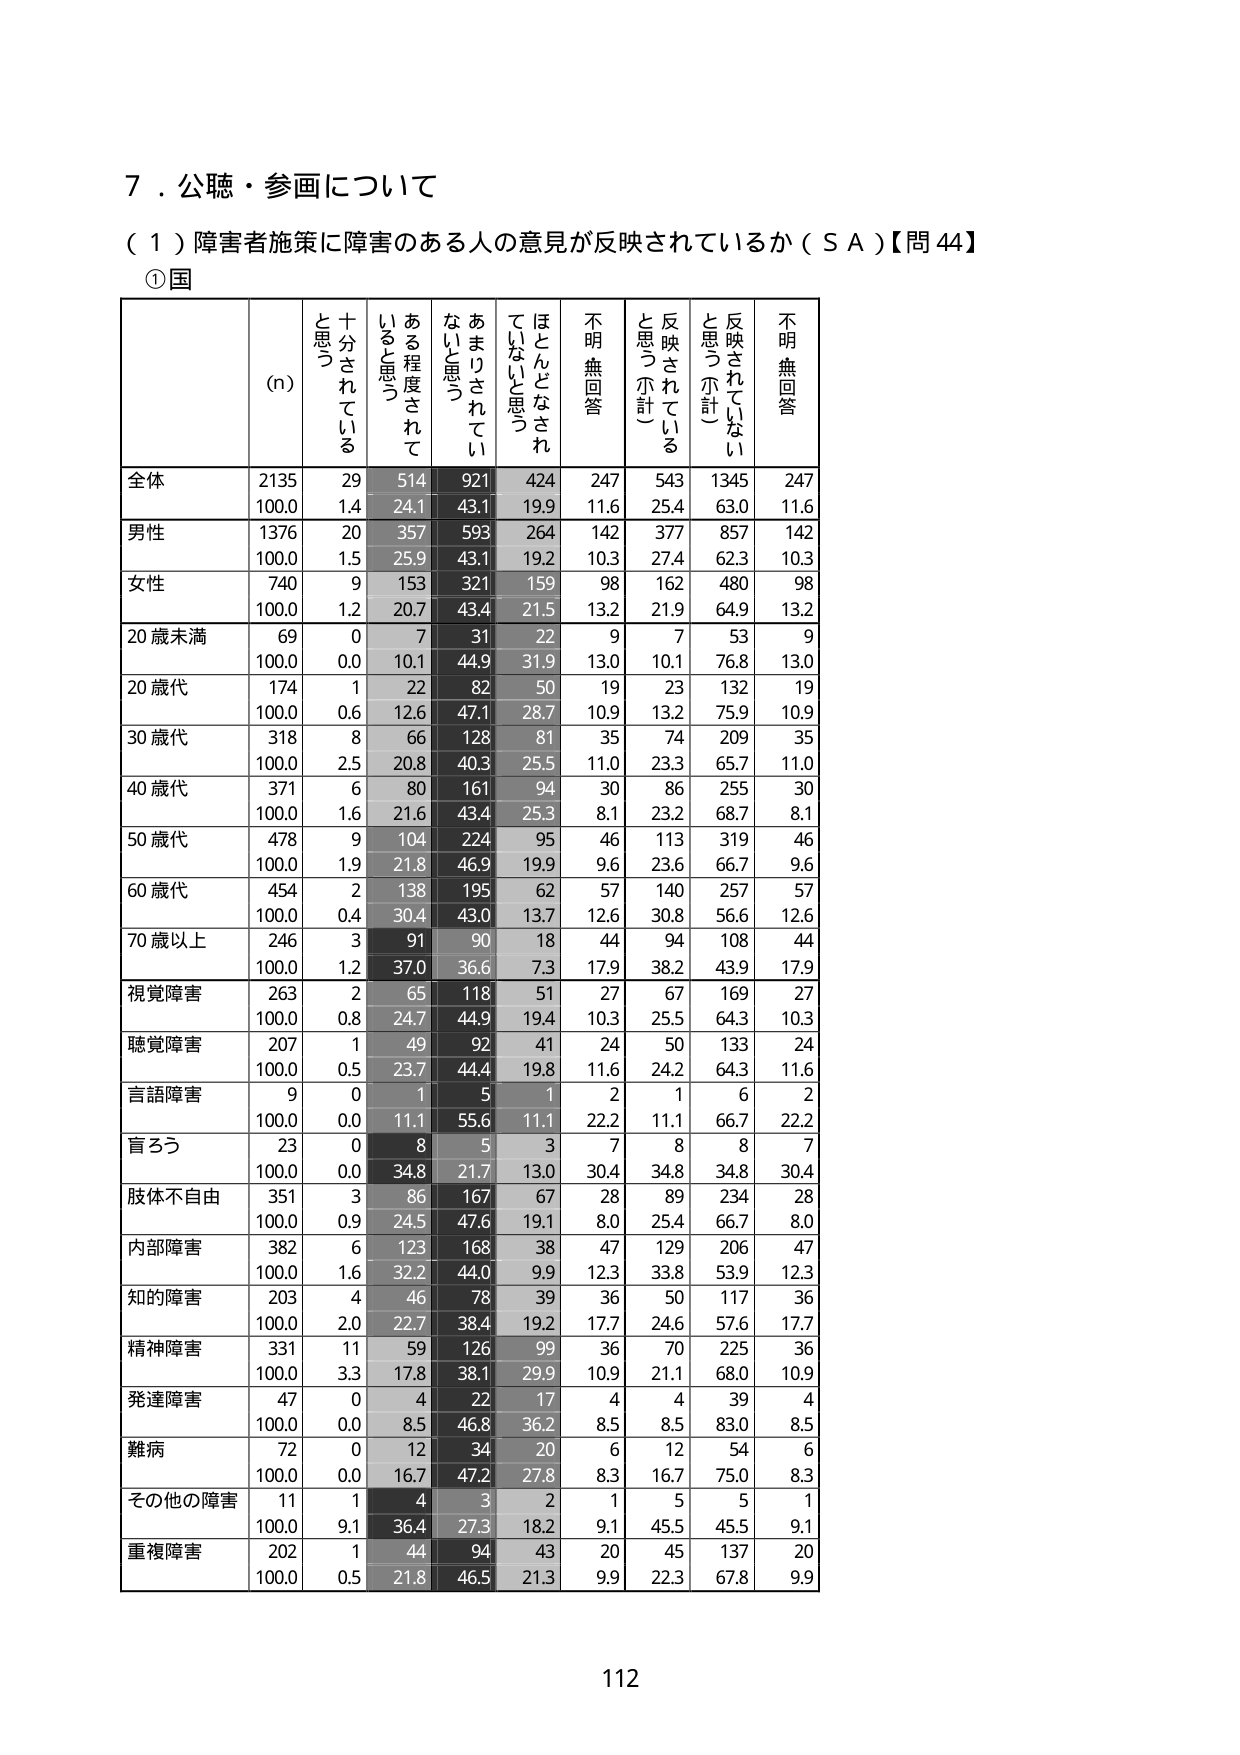
７．公聴・参画について
（１）障害者施策に障害のある人の意見が反映されているか（ＳＡ）【問44】
①国

(n)
十分されていると思う
ある程度されていると思う
あまりされていないと思う
ほとんどなされていないと思う
不明無回答
反映されていると思う（小計）
反映されていないと思う（小計）
不明無回答

全体
2135
29
514
921
424
247
543
1345
247
100.0
1.4
24.1
43.1
19.9
11.6
25.4
63.0
11.6

男性
1376
20
357
593
264
142
377
857
142
100.0
1.5
25.9
43.1
19.2
10.3
27.4
62.3
10.3

女性
740
9
153
321
159
98
162
480
98
100.0
1.2
20.7
43.4
21.5
13.2
21.9
64.9
13.2

20歳未満
69
0
7
31
22
9
7
53
9
100.0
0.0
10.1
44.9
31.9
13.0
10.1
76.8
13.0

20歳代
174
1
22
82
50
19
23
132
19
100.0
0.6
12.6
47.1
28.7
10.9
13.2
75.9
10.9

30歳代
318
8
66
128
81
35
74
209
35
100.0
2.5
20.8
40.3
25.5
11.0
23.3
65.7
11.0

40歳代
371
6
80
161
94
30
86
255
30
100.0
1.6
21.6
43.4
25.3
8.1
23.2
68.7
8.1

50歳代
478
9
104
224
95
46
113
319
46
100.0
1.9
21.8
46.9
19.9
9.6
23.6
66.7
9.6

60歳代
454
2
138
195
62
57
140
257
57
100.0
0.4
30.4
43.0
13.7
12.6
30.8
56.6
12.6

70歳以上
246
3
91
90
18
44
94
108
44
100.0
1.2
37.0
36.6
7.3
17.9
38.2
43.9
17.9

視覚障害
263
2
65
118
51
27
67
169
27
100.0
0.8
24.7
44.9
19.4
10.3
25.5
64.3
10.3

聴覚障害
207
1
49
92
41
24
50
133
24
100.0
0.5
23.7
44.4
19.8
11.6
24.2
64.3
11.6

言語障害
9
0
1
5
1
2
1
6
2
100.0
0.0
11.1
55.6
11.1
22.2
11.1
66.7
22.2

盲ろう
23
0
8
5
3
7
8
8
7
100.0
0.0
34.8
21.7
13.0
30.4
34.8
34.8
30.4

肢体不自由
351
3
86
167
67
28
89
234
28
100.0
0.9
24.5
47.6
19.1
8.0
25.4
66.7
8.0

内部障害
382
6
123
168
38
47
129
206
47
100.0
1.6
32.2
44.0
9.9
12.3
33.8
53.9
12.3

知的障害
203
4
46
78
39
36
50
117
36
100.0
2.0
22.7
38.4
19.2
17.7
24.6
57.6
17.7

精神障害
331
11
59
126
99
36
70
225
36
100.0
3.3
17.8
38.1
29.9
10.9
21.1
68.0
10.9

発達障害
47
0
4
22
17
4
4
39
4
100.0
0.0
8.5
46.8
36.2
8.5
8.5
83.0
8.5

難病
72
0
12
34
20
6
12
54
6
100.0
0.0
16.7
47.2
27.8
8.3
16.7
75.0
8.3

その他の障害
11
1
4
3
2
1
5
5
1
100.0
9.1
36.4
27.3
18.2
9.1
45.5
45.5
9.1

重複障害
202
1
44
94
43
20
45
137
20
100.0
0.5
21.8
46.5
21.3
9.9
22.3
67.8
9.9

112